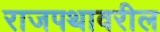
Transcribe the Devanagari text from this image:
राजपथावरील